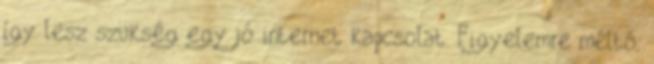
így lesz szükség egy jó internet kapcsolat. Figyelemre méltó,